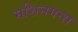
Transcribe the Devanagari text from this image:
मशिनगन्स